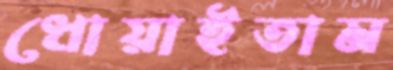
ধোয়াইতাম